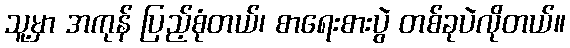
သူ့မှာ အကုန် ပြည့်စုံတယ်၊ စာရေးစားပွဲ တစ်ခုပဲလိုတယ်။